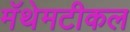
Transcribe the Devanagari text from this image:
मॅथेमटीकल